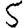
Digit: 5